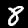
Label: 8